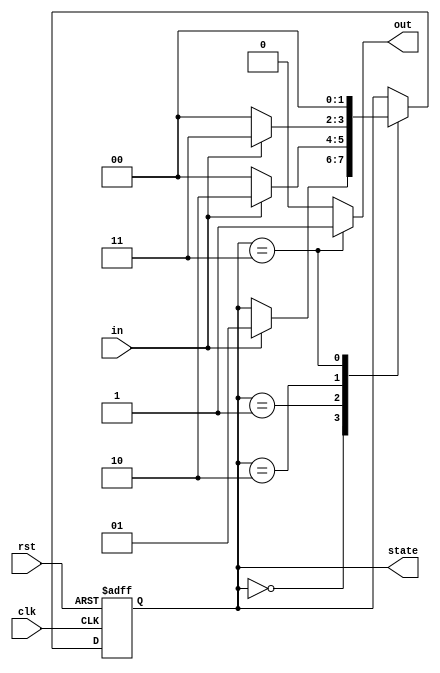
module top (
    input wire clk,
    input wire rst,
    input wire in,
    output reg [1:0] state = 2'b00,
    output wire out
);

assign out = (state == 2'b11) ? 1'b1 : 1'b0;

always @(posedge clk or posedge rst) begin
    if (rst) begin
        state <= 2'b00;
    end else begin
        case (state)
            2'b00: begin
                if (in) begin
                    state <= 2'b01;
                end
            end
            2'b01: begin
                if (in) begin
                    state <= 2'b10;
                end else begin
                    state <= 2'b00;
                end
            end
            2'b10: begin
                if (in) begin
                    state <= 2'b11;
                end else begin
                    state <= 2'b00;
                end
            end
            2'b11: begin
                state <= 2'b00;
            end
        endcase
    end
end
endmodule